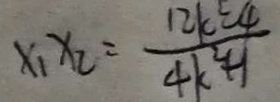
x _ { 1 } x _ { 2 } = \frac { 1 2 k ^ { 2 } - 4 } { 4 k ^ { 2 } + 1 }